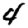
Digit: 4